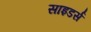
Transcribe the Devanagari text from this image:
साइडर्स